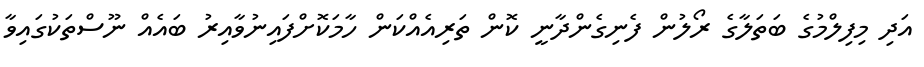
އަދި މިފިލްމުގެ ބަތަލާގެ ރޯލުން ފެނިގެންދާނީ ކޮން ތަރިއެއްކަން ހާމަކޮށްފައިނުވާއިރު ބައެއް ނޫސްތަކުގައިވާ